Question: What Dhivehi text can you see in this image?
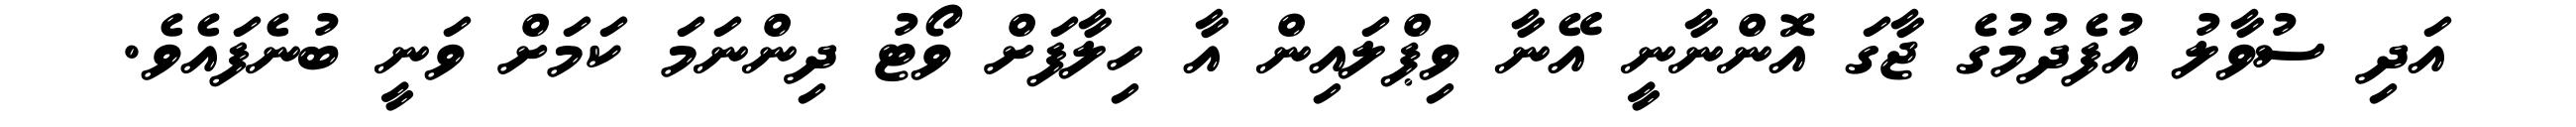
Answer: އަދި ސުވާލު އުފެދުމުގެ ޖާގަ އޮންނާނީ އޭނާ ވިޕްލައިން އާ ހިލާފަށް ވޯޓު ދިންނަމަ ކަމަށް ވަނީ ބުނެފައެވެ.